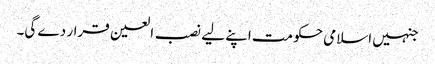
جنہیں اسلامی حکومت اپنے لیے نصب العین قرار دے گی۔